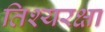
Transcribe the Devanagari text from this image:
तिश्यरक्षा